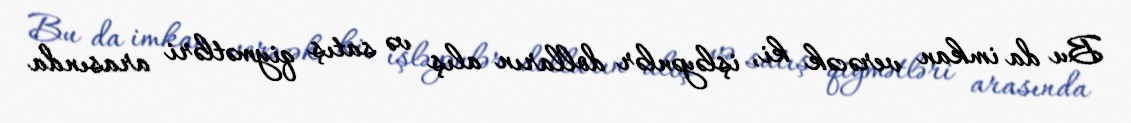
Bu da imkan verəcək ki, işləyənlər dolların alış və satış qiymətləri arasında